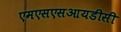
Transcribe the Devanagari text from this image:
एमएसएसआयडीसी